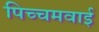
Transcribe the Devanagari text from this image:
पिच्चमवाई